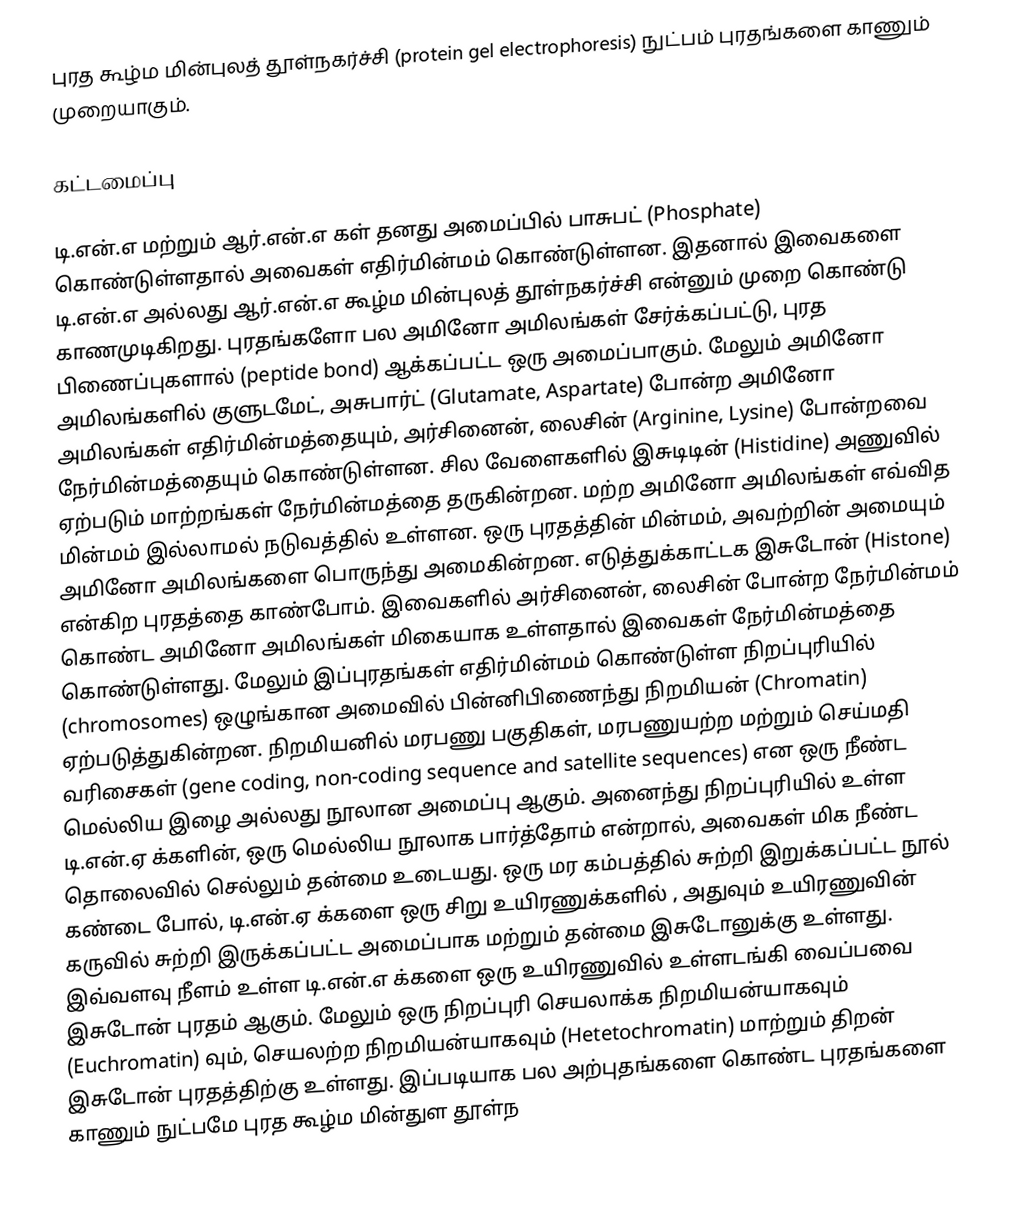
புரத  கூழ்ம மின்புலத் தூள்நகர்ச்சி (protein gel electrophoresis) நுட்பம் புரதங்களை காணும் முறையாகும்.

கட்டமைப்பு

டி.என்.எ மற்றும் ஆர்.என்.எ கள் தனது அமைப்பில் பாசுபட் (Phosphate) கொண்டுள்ளதால் அவைகள் எதிர்மின்மம் கொண்டுள்ளன. இதனால் இவைகளை டி.என்.எ அல்லது ஆர்.என்.எ கூழ்ம மின்புலத் தூள்நகர்ச்சி என்னும் முறை கொண்டு காணமுடிகிறது. புரதங்களோ பல அமினோ அமிலங்கள் சேர்க்கப்பட்டு, புரத பிணைப்புகளால் (peptide bond) ஆக்கப்பட்ட ஒரு அமைப்பாகும். மேலும் அமினோ அமிலங்களில் குளுடமேட், அசுபார்ட்  (Glutamate, Aspartate) போன்ற அமினோ அமிலங்கள் எதிர்மின்மத்தையும், அர்சினைன், லைசின் (Arginine, Lysine) போன்றவை நேர்மின்மத்தையும் கொண்டுள்ளன. சில வேளைகளில் இசுடிடின் (Histidine) அணுவில் ஏற்படும் மாற்றங்கள் நேர்மின்மத்தை தருகின்றன. மற்ற அமினோ அமிலங்கள் எவ்வித மின்மம் இல்லாமல் நடுவத்தில் உள்ளன. ஒரு புரதத்தின் மின்மம்,  அவற்றின் அமையும் அமினோ அமிலங்களை பொருந்து அமைகின்றன. எடுத்துக்காட்டக இசுடோன் (Histone) என்கிற புரதத்தை காண்போம். இவைகளில் அர்சினைன், லைசின் போன்ற நேர்மின்மம் கொண்ட அமினோ அமிலங்கள் மிகையாக உள்ளதால் இவைகள் நேர்மின்மத்தை கொண்டுள்ளது. மேலும் இப்புரதங்கள் எதிர்மின்மம் கொண்டுள்ள நிறப்புரியில்  (chromosomes) ஒழுங்கான அமைவில் பின்னிபிணைந்து நிறமியன் (Chromatin) ஏற்படுத்துகின்றன. நிறமியனில் மரபணு பகுதிகள், மரபணுயற்ற மற்றும் செய்மதி வரிசைகள்  (gene coding, non-coding sequence and satellite sequences) என ஒரு நீண்ட மெல்லிய இழை அல்லது நூலான அமைப்பு ஆகும்.   அனைந்து  நிறப்புரியில் உள்ள   டி.என்.ஏ க்களின், ஒரு மெல்லிய நூலாக பார்த்தோம் என்றால், அவைகள் மிக  நீண்ட தொலைவில் செல்லும் தன்மை உடையது. ஒரு மர கம்பத்தில் சுற்றி இறுக்கப்பட்ட நூல் கண்டை போல்,   டி.என்.ஏ க்களை ஒரு சிறு உயிரணுக்களில் , அதுவும் உயிரணுவின் கருவில் சுற்றி இருக்கப்பட்ட அமைப்பாக மற்றும் தன்மை இசுடோனுக்கு உள்ளது. இவ்வளவு நீளம் உள்ள டி.என்.எ க்களை ஒரு உயிரணுவில் உள்ளடங்கி வைப்பவை இசுடோன் புரதம் ஆகும். மேலும் ஒரு  நிறப்புரி செயலாக்க நிறமியன்யாகவும்  (Euchromatin) வும், செயலற்ற நிறமியன்யாகவும் (Hetetochromatin)  மாற்றும் திறன் இசுடோன் புரதத்திற்கு உள்ளது. இப்படியாக பல அற்புதங்களை கொண்ட புரதங்களை காணும் நுட்பமே புரத கூழ்ம மின்துள தூள்ந